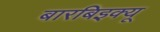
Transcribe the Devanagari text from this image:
बारबिइक्यू